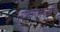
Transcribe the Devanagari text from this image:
सेल्वगणपती